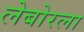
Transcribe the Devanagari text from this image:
लेबोरला